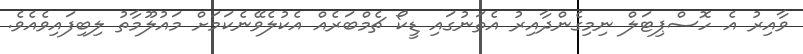
ވާއިރު އެ ހޮސްޕިޓަލް ނިމިގެންދާއިރު އެތަނުގައި ޑީކޯ ޗެމްބަރެއް އެކުލެވޭނެކަމަށް މައުލޫމާތު ލިބިފައިވެއެވެ.